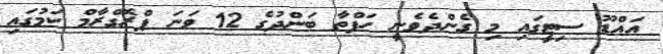
އައްޑޫ ސިޓީގައި މި ގެންދެވެނީ ހަފްތާ ބަންދުގެ 12 ވަނަ ޕްރޮގްރާމް ކަމުގައި